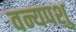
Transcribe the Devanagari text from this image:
वन्यपशु